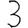
Digit: 3